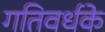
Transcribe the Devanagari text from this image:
गतिवर्धके